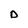
Character: D